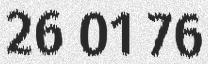
26 01 76